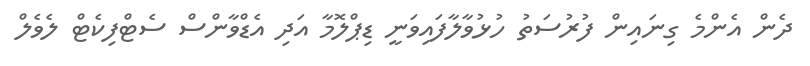
ދެން އެންމެ ގިނައިން ފުރުސަތު ހުޅުވާލާފައިވަނީ ޑިޕްލޮމާ އަދި އެޑްވާންސް ސެޓްފިކެޓް ލެވެލް